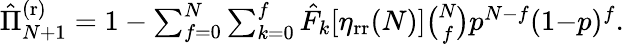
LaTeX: \begin{array}{r}{\hat{\Pi}_{N+1}^{\mathrm{(r)}}=1-\sum_{f=0}^{N}\sum_{k=0}^{f}\hat{F}_{k}[\eta_{\mathrm{rr}}(N)]\binom{N}{f}p^{N-f}(1{-}p)^{f}.}\end{array}